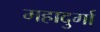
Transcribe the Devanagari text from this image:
महादुर्गा